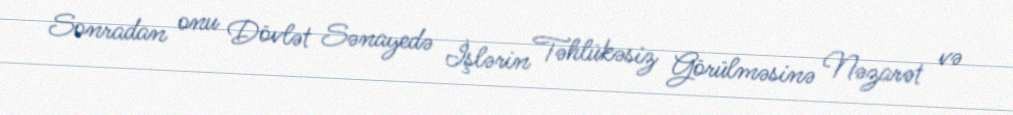
Sonradan onu Dövlət Sənayedə İşlərin Təhlükəsiz Görülməsinə Nəzarət və